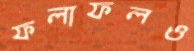
ফলাফলও